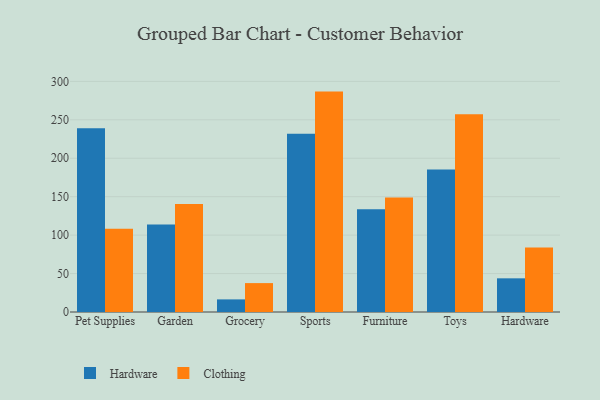
{"axis": {"x": "Category", "y": "Market Share (%)"}, "legend": ["Clothing", "Hardware"], "data": [{"x": "Pet Supplies", "y": 239.1, "type": "Hardware"}, {"x": "Pet Supplies", "y": 108.4, "type": "Clothing"}, {"x": "Garden", "y": 113.8, "type": "Hardware"}, {"x": "Garden", "y": 140.6, "type": "Clothing"}, {"x": "Grocery", "y": 16.4, "type": "Hardware"}, {"x": "Grocery", "y": 37.6, "type": "Clothing"}, {"x": "Sports", "y": 231.9, "type": "Hardware"}, {"x": "Sports", "y": 286.7, "type": "Clothing"}, {"x": "Furniture", "y": 133.5, "type": "Hardware"}, {"x": "Furniture", "y": 148.9, "type": "Clothing"}, {"x": "Toys", "y": 185.3, "type": "Hardware"}, {"x": "Toys", "y": 257.2, "type": "Clothing"}, {"x": "Hardware", "y": 43.8, "type": "Hardware"}, {"x": "Hardware", "y": 83.8, "type": "Clothing"}]}